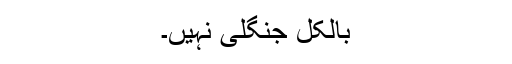
بالکل جنگلی نہیں۔